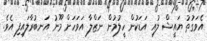
އެވަގުތު ޔައީޝް ލުއި އަޑަކުން ހީލުމުން ނަޒްލާ އަވަހަށް މޫނު އަނބުރާލައިފި އެވެ.